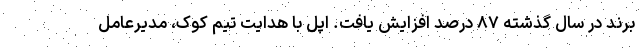
برند در سال گذشته ۸۷ درصد افزایش یافت. اپل با هدایت تیم کوک، مدیرعامل